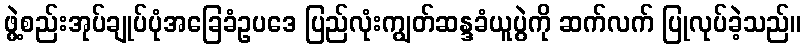
ဖွဲ့စည်းအုပ်ချုပ်ပုံအခြေခံဥပဒေ ပြည်လုံးကျွတ်ဆန္ဒခံယူပွဲကို ဆက်လက် ပြုလုပ်ခဲ့သည်။